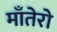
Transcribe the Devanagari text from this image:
माँतेरो